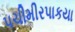
પચીમીરપાકયા